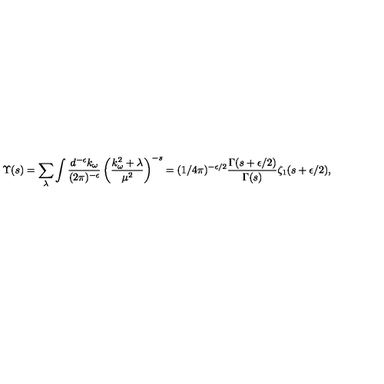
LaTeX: { \Upsilon } ( s ) = \sum _ { \lambda } \int { \frac { d ^ { - \epsilon } k _ { \omega } } { ( 2 \pi ) ^ { - \epsilon } } } \left( { \frac { k _ { \omega } ^ { 2 } + \lambda } { \mu ^ { 2 } } } \right) ^ { - s } \nonumber = ( 1 / 4 \pi ) ^ { - \epsilon / 2 } { \frac { \Gamma ( s + \epsilon / 2 ) } { \Gamma ( s ) } } \zeta _ { 1 } ( s + \epsilon / 2 ) ,